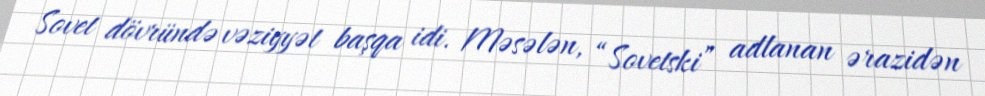
Sovet dövründə vəziyyət başqa idi. Məsələn, “Sovetski” adlanan ərazidən